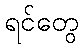
ရင်တွေ